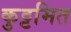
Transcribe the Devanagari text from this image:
कुट्टमित